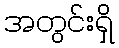
အတွင်းရှိ